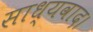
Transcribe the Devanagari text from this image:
साध्यवाद।